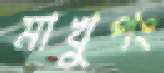
মাখুপং